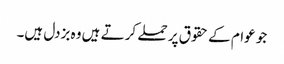
جو عوام کے حقوق پر حملے کرتے ہیں وہ بزدل ہیں۔